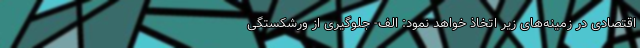
اقتصادی در زمینه‌های زیر اتخاذ خواهد نمود: الف- جلوگیری از ورشکستگی